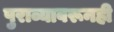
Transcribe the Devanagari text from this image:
पुराव्यावरूनही